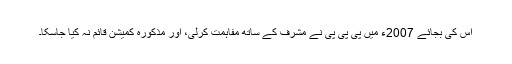
اس کی بجائے 2007ء میں پی پی پی نے مشرف کے ساتھ مفاہمت کرلی، اور مذکورہ کمیشن قائم نہ کیا جاسکا۔